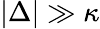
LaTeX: |\Delta|\gg\kappa